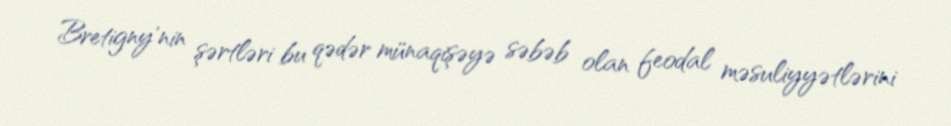
Bretigny'nin şərtləri bu qədər münaqişəyə səbəb olan feodal məsuliyyətlərini